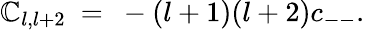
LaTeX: \mathbb{C}_{l,l+2}\ =\ -(l+1)(l+2)c_{--}.